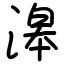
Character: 滜